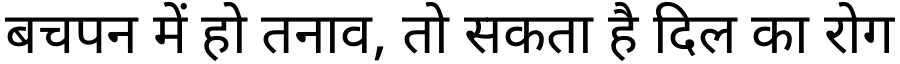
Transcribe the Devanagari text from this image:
बचपन में हो तनाव, तो सकता है दिल का रोग